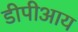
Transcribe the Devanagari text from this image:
डीपीआय